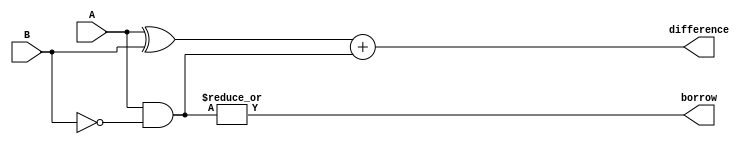
module GateLevelSubtractor(input [7:0] A, B,
                             output [7:0] difference,
                             output borrow);

  wire [7:0] diff_intermediate;
  wire [7:0] borrow_intermediate;

  // XOR gates for bitwise subtraction
  assign diff_intermediate = A ^ B;

  // AND gates for borrow propagation
  assign borrow_intermediate = A & ~B;

  // OR gates for selecting final output based on borrow signals
  assign difference = diff_intermediate + borrow_intermediate;
  assign borrow = |borrow_intermediate;

endmodule